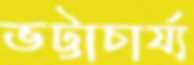
ভট্টাচার্য্য